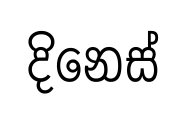
දිනෙස්